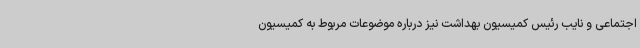
اجتماعی و نایب رئیس کمیسیون بهداشت نیز درباره موضوعات مربوط به کمیسیون